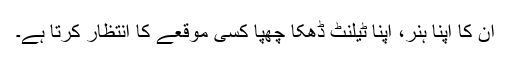
ان کا اپنا ہنر، اپنا ٹیلنٹ ڈھکا چھپا کسی موقعے کا انتظار کرتا ہے۔